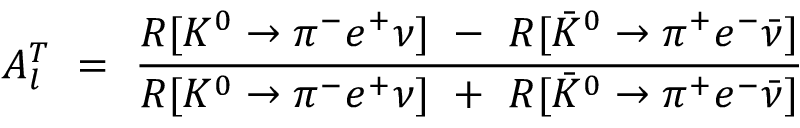
A _ { l } ^ { T } \ = \ \frac { R [ K ^ { 0 } \to \pi ^ { - } e ^ { + } \nu ] \ - \ R [ \bar { K } ^ { 0 } \to \pi ^ { + } e ^ { - } \bar { \nu } ] } { R [ K ^ { 0 } \to \pi ^ { - } e ^ { + } \nu ] \ + \ R [ \bar { K } ^ { 0 } \to \pi ^ { + } e ^ { - } \bar { \nu } ] }